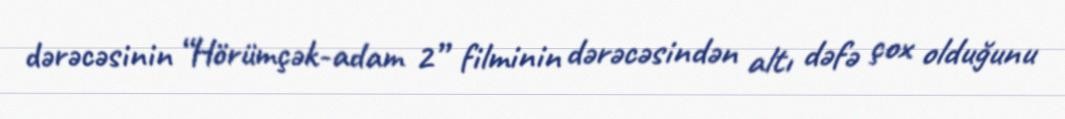
dərəcəsinin “Hörümçək-adam 2” filminin dərəcəsindən altı dəfə çox olduğunu